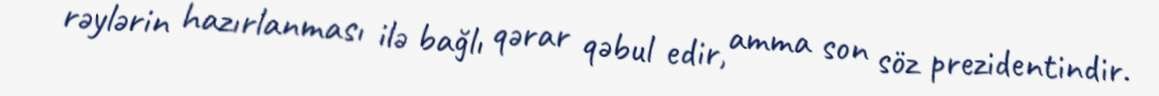
rəylərin hazırlanması ilə bağlı qərar qəbul edir, amma son söz prezidentindir.